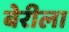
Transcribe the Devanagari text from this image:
बेरीला